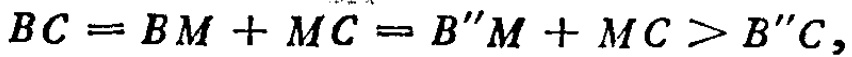
\[

BC = BM + MC = B^{\prime\prime}M + MC > B^{\prime\prime}C,

\]